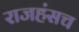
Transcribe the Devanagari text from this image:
राजहंसच